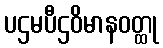
ပဌမပီဌဝိမာနဝတ္ထု